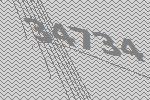
34734